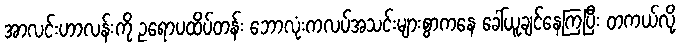
အာလင်းဟာလန်းကို ဥရောပထိပ်တန်း ဘောလုံးကလပ်အသင်းများစွာကနေ ခေါ်ယူချင်နေကြပြီး တကယ်လို့